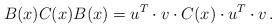
LaTeX: \begin{align*}B(x)C(x)B(x) = u^{T}\cdot v\cdot C(x)\cdot u^{T}\cdot v\,.\end{align*}